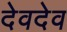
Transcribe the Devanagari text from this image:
देवदेव